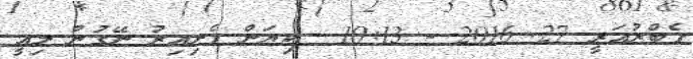
ފެބްރުއަރީ 27